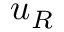
u _ { R }